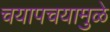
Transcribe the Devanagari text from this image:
चयापचयामुळे